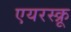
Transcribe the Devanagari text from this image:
एयरस्क्रू